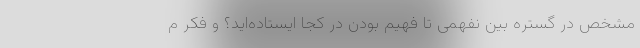
مشخص در گسترهٔ بین نفهمی تا فهیم بودن در کجا ایستاده‌اید؟ و فکر م